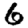
Digit: 6